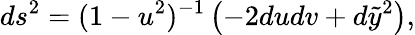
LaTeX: ds^{2}=(1-u^{2})^{-1}\left(-2dudv+d\tilde{y}^{2}\right),